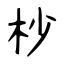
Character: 杪